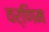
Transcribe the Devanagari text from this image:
वर्णिम